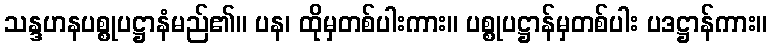
သန္ဒဟနပစ္စုပဋ္ဌာနံမည်၏။ ပန၊ ထိုမှတစ်ပါးကား။ ပစ္စုပဋ္ဌာန်မှတစ်ပါး ပဒဋ္ဌာန်ကား။